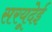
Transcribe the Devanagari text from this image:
सरयूदेई